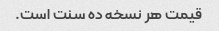
قیمت هر نسخه ده سنت است.